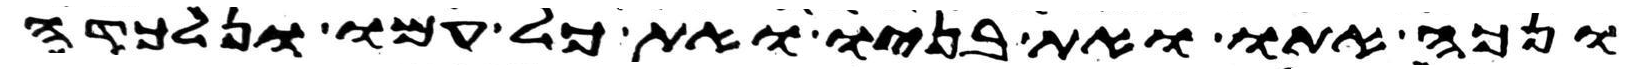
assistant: ונכה אתו ואת בניו ואת כל עמו ונלכדה